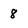
Character: 8